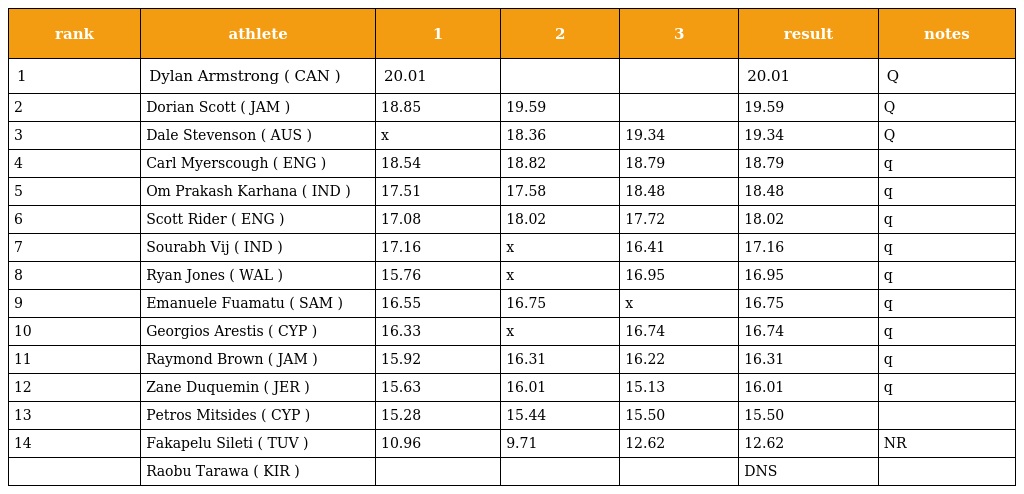
| rank | athlete | 1 | 2 | 3 | result | notes |
 | --- | --- | --- | --- | --- | --- | --- |
 | 1 | Dylan Armstrong ( CAN ) | 20.01 |  |  | 20.01 | Q |
 | 2 | Dorian Scott ( JAM ) | 18.85 | 19.59 |  | 19.59 | Q |
 | 3 | Dale Stevenson ( AUS ) | x | 18.36 | 19.34 | 19.34 | Q |
 | 4 | Carl Myerscough ( ENG ) | 18.54 | 18.82 | 18.79 | 18.79 | q |
 | 5 | Om Prakash Karhana ( IND ) | 17.51 | 17.58 | 18.48 | 18.48 | q |
 | 6 | Scott Rider ( ENG ) | 17.08 | 18.02 | 17.72 | 18.02 | q |
 | 7 | Sourabh Vij ( IND ) | 17.16 | x | 16.41 | 17.16 | q |
 | 8 | Ryan Jones ( WAL ) | 15.76 | x | 16.95 | 16.95 | q |
 | 9 | Emanuele Fuamatu ( SAM ) | 16.55 | 16.75 | x | 16.75 | q |
 | 10 | Georgios Arestis ( CYP ) | 16.33 | x | 16.74 | 16.74 | q |
 | 11 | Raymond Brown ( JAM ) | 15.92 | 16.31 | 16.22 | 16.31 | q |
 | 12 | Zane Duquemin ( JER ) | 15.63 | 16.01 | 15.13 | 16.01 | q |
 | 13 | Petros Mitsides ( CYP ) | 15.28 | 15.44 | 15.50 | 15.50 |  |
 | 14 | Fakapelu Sileti ( TUV ) | 10.96 | 9.71 | 12.62 | 12.62 | NR |
 |  | Raobu Tarawa ( KIR ) |  |  |  | DNS |  |